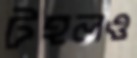
টহলও